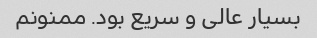
بسیار عالی و سریع بود. ممنونم